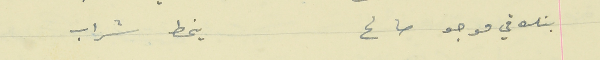
بتلاقي موجو صالح                                            ينحط شراب